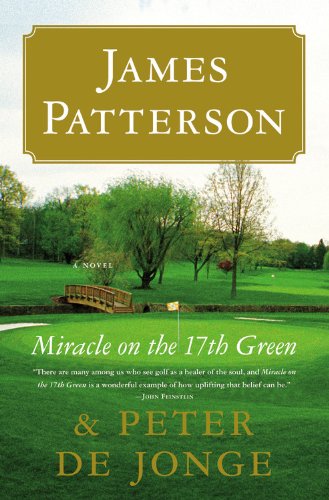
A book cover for Miracle on the 17th Green: A Novel; James Patterson; Literature & Fiction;